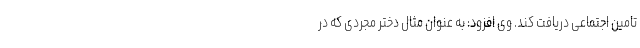
تامین اجتماعی دریافت کند. وی افزود: به عنوان مثال دختر مجردی که در